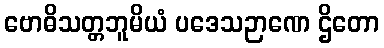
ဗောဓိသတ္တဘူမိယံ ပဒေသဉာဏေ ဌိတော